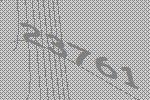
23761